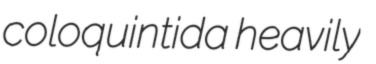
coloquintida heavily